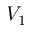
V _ { 1 }